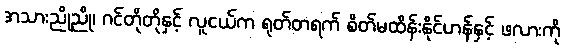
အသားညိုညို၊ ဂင်တိုတိုနှင့် လူငယ်က ရုတ်တရက် စိတ်မထိန်းနိုင်ဟန်နှင့် ဖလားကို